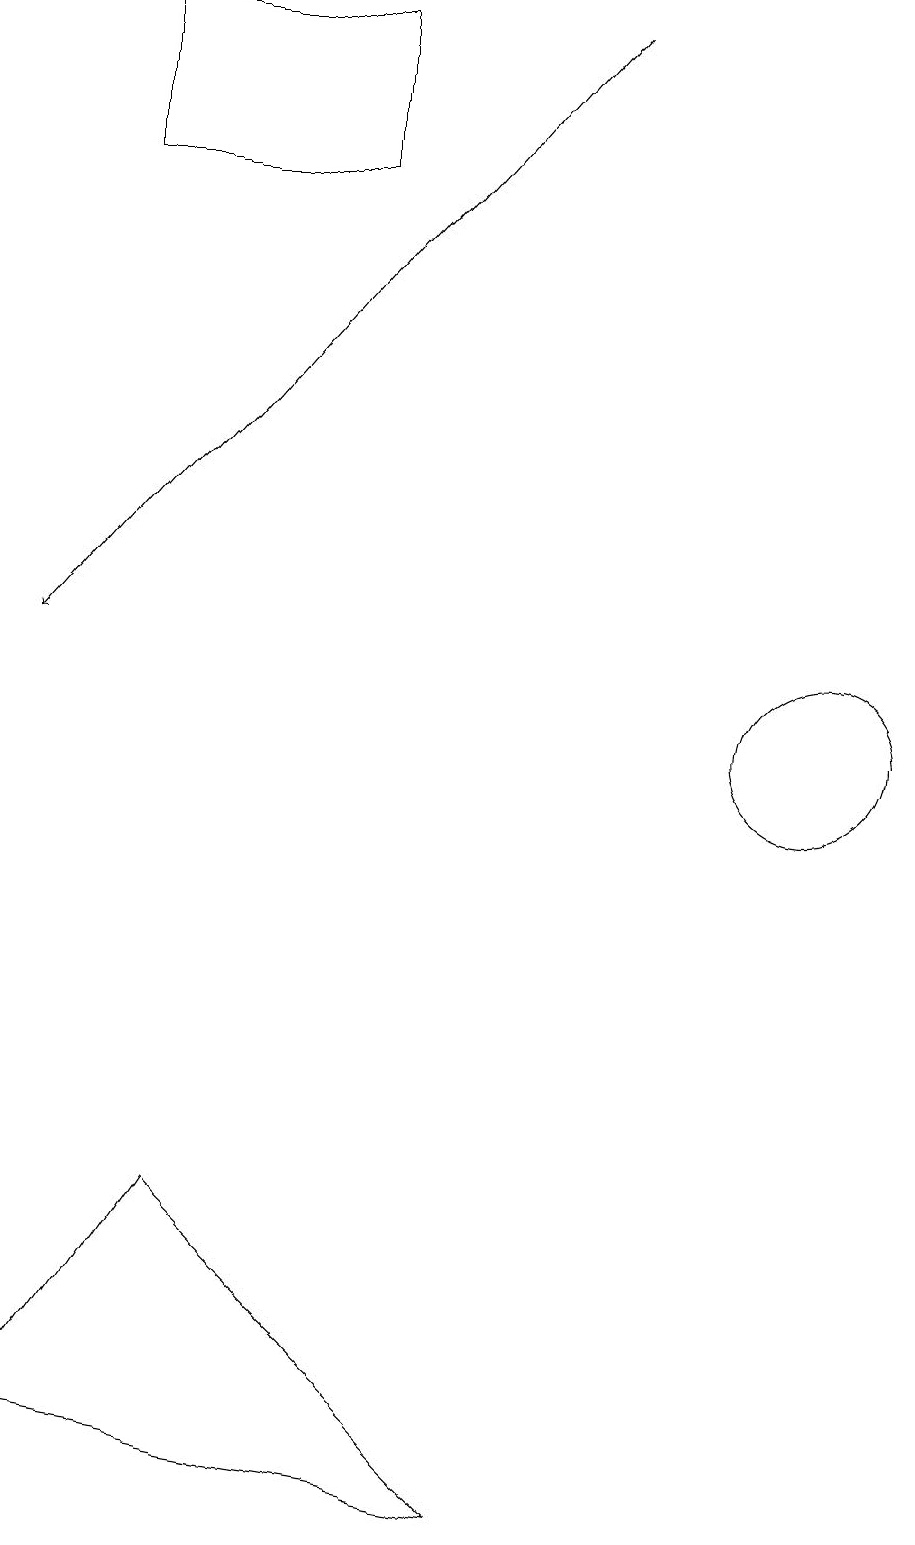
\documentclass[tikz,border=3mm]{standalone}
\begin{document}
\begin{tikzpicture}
\draw (11,10) circle (1);
\draw (2,17) rectangle (5,19);
\draw[->] (8,19) -- (1,11);
\draw (7,0) -- (1,1) -- (3,4) -- cycle;
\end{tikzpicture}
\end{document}